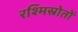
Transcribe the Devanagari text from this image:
रश्मिस्रोतों